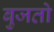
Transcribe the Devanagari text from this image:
बुजतो